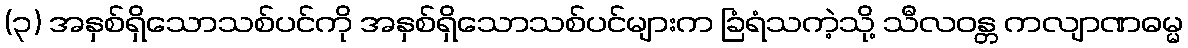
(၃) အနှစ်ရှိသောသစ်ပင်ကို အနှစ်ရှိသောသစ်ပင်များက ခြံရံသကဲ့သို့ သီလဝန္တ ကလျာဏဓမ္မ